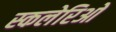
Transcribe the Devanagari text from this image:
स्कलेरिओ